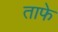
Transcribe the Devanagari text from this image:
ताफे